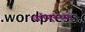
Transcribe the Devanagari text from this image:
धर्मगुरूंच्या